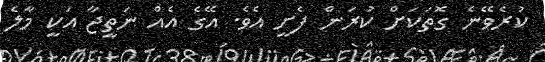
ކުރެވޭނެ ގޮތަކަށް ކުރަން ފެށީ އެވެ. އޭގެ އެއް ނަތީޖާ އަކީ މާލެ